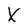
Character: X